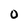
Character: O